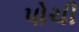
પોચી